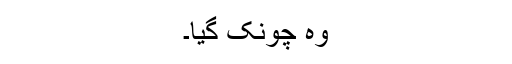
وہ چونک گیا۔